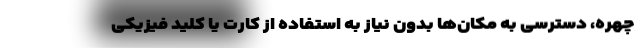
چهره، دسترسی به مکان‌ها بدون نیاز به استفاده از کارت یا کلید فیزیکی